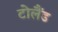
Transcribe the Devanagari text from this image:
टोलैंड